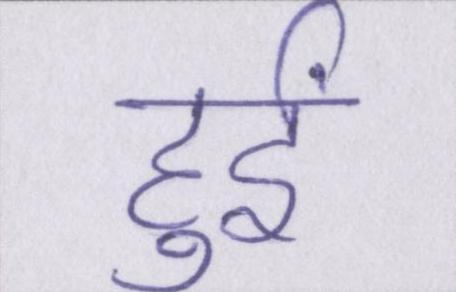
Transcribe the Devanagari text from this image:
हुईं